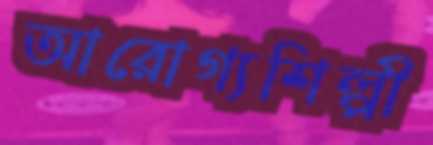
আরোগ্যশিল্পী